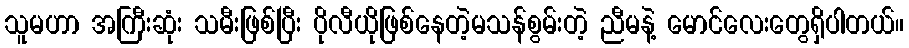
သူမဟာ အကြီးဆုံး သမီးဖြစ်ပြီး ပိုလီယိုဖြစ်နေတဲ့မသန်စွမ်းတဲ့ ညီမနဲ့ မောင်လေးတွေရှိပါတယ်။